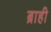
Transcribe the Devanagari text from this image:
ब्राही